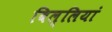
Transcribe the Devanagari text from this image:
बिल्‍लियां